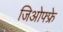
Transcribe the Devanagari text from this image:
जिओफ्फ्रे